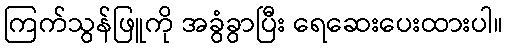
ကြက်သွန်ဖြူကို အခွံခွာပြီး ရေဆေးပေးထားပါ။